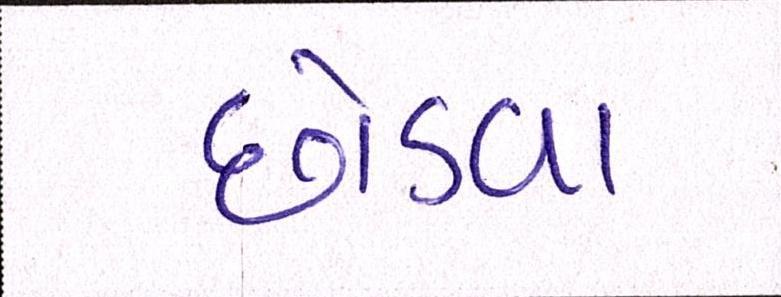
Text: છોડવા